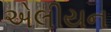
એલીયન